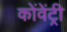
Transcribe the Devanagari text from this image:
कोंवेंट्री